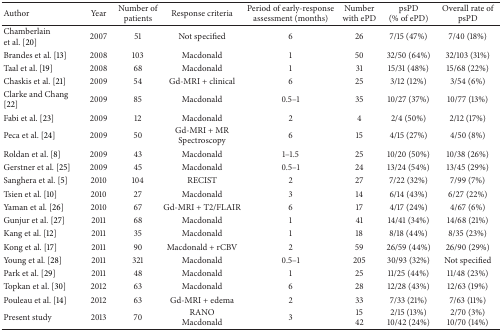
<table><thead><tr><td><b>Author</b></td><td><b>Year</b></td><td><b>Number of patients</b></td><td><b>Response criteria</b></td><td><b>Period of early-response assessment (months)</b></td><td><b>Number with ePD</b></td><td><b>psPD (% of ePD)</b></td><td><b>Overall rate of psPD</b></td></tr></thead><tbody><tr><td>Chamberlain et al. [20]</td><td>2007</td><td>51</td><td>Not specified</td><td>6 </td><td>26</td><td>7/15 (47%)</td><td>7/40 (18%)</td></tr><tr><td>Brandes et al. [13]</td><td>2008</td><td>103</td><td>Macdonald</td><td>1 </td><td>50</td><td>32/50 (64%)</td><td>32/103 (31%)</td></tr><tr><td>Taal et al. [19]</td><td>2008</td><td>68</td><td>Macdonald</td><td>1 </td><td>31</td><td>15/31 (48%)</td><td>15/68 (22%)</td></tr><tr><td>Chaskis et al. [21]</td><td>2009</td><td>54</td><td>Gd-MRI + clinical</td><td>6 </td><td>25</td><td>3/12 (12%)</td><td>3/54 (6%)</td></tr><tr><td>Clarke and Chang [22]</td><td>2009</td><td>85</td><td>Macdonald</td><td>0.5–1</td><td>35</td><td>10/27 (37%)</td><td>10/77 (13%)</td></tr><tr><td>Fabi et al. [23]</td><td>2009</td><td>12</td><td>Macdonald</td><td>2 </td><td>4</td><td>2/4 (50%)</td><td>2/12 (17%)</td></tr><tr><td>Peca et al. [24]</td><td>2009</td><td>50</td><td>Gd-MRI + MR Spectroscopy</td><td>6 </td><td>15</td><td>4/15 (27%)</td><td>4/50 (8%)</td></tr><tr><td>Roldan et al. [8]</td><td>2009</td><td>43</td><td>Macdonald</td><td>1–1.5</td><td>25</td><td>10/20 (50%)</td><td>10/38 (26%)</td></tr><tr><td>Gerstner et al. [25]</td><td>2009</td><td>45</td><td>Macdonald</td><td>0.5–1</td><td>24</td><td>13/24 (54%)</td><td>13/45 (29%)</td></tr><tr><td>Sanghera et al. [5]</td><td>2010</td><td>104</td><td>RECIST</td><td>2 </td><td>27</td><td>7/22 (32%)</td><td>7/99 (7%)</td></tr><tr><td>Tsien et al. [10]</td><td>2010</td><td>27</td><td>Macdonald</td><td>3 </td><td>14</td><td>6/14 (43%)</td><td>6/27 (22%)</td></tr><tr><td>Yaman et al. [26]</td><td>2010</td><td>67</td><td>Gd-MRI + T2/FLAIR</td><td>6 </td><td>17</td><td>4/17 (24%)</td><td>4/67 (6%)</td></tr><tr><td>Gunjur et al. [27]</td><td>2011</td><td>68</td><td>Macdonald</td><td>1 </td><td>41</td><td>14/41 (34%)</td><td>14/68 (21%)</td></tr><tr><td>Kang et al. [12]</td><td>2011</td><td>35</td><td>Macdonald</td><td>1 </td><td>18</td><td>8/18 (44%)</td><td>8/35 (23%)</td></tr><tr><td>Kong et al. [17]</td><td>2011</td><td>90</td><td>Macdonald + rCBV</td><td>2 </td><td>59</td><td>26/59 (44%)</td><td>26/90 (29%)</td></tr><tr><td>Young et al. [28]</td><td>2011</td><td>321</td><td>Macdonald</td><td>0.5–1</td><td>205</td><td>30/93 (32%)</td><td>Not specified</td></tr><tr><td>Park et al. [29]</td><td>2011</td><td>48</td><td>Macdonald</td><td>1 </td><td>25</td><td>11/25 (44%)</td><td>11/48 (23%)</td></tr><tr><td>Topkan et al. [30]</td><td>2012</td><td>63</td><td>Macdonald</td><td>6 </td><td>28</td><td>12/28 (43%)</td><td>12/63 (19%)</td></tr><tr><td>Pouleau et al. [14]</td><td>2012</td><td>63</td><td>Gd-MRI + edema</td><td>2 </td><td>33</td><td>7/33 (21%)</td><td>7/63 (11%)</td></tr><tr><td>Present study</td><td>2013</td><td>70</td><td>RANOMacdonald</td><td>3 </td><td>1542</td><td>2/15 (13%)10/42 (24%)</td><td>2/70 (3%)10/70 (14%)</td></tr></tbody></table>